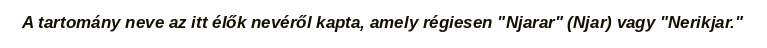
A tartomány neve az itt élők nevéről kapta, amely régiesen "Njarar" (Njar) vagy "Nerikjar."